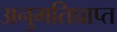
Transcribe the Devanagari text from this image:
अनुमतिप्राप्त